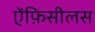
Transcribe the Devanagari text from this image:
ऐंफ़िसीलस